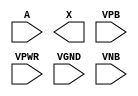
/**
 * Copyright 2020 The SkyWater PDK Authors
 *
 * Licensed under the Apache License, Version 2.0 (the "License");
 * you may not use this file except in compliance with the License.
 * You may obtain a copy of the License at
 *
 *     https://www.apache.org/licenses/LICENSE-2.0
 *
 * Unless required by applicable law or agreed to in writing, software
 * distributed under the License is distributed on an "AS IS" BASIS,
 * WITHOUT WARRANTIES OR CONDITIONS OF ANY KIND, either express or implied.
 * See the License for the specific language governing permissions and
 * limitations under the License.
 *
 * SPDX-License-Identifier: Apache-2.0
 */

`ifndef SKY130_FD_SC_LP__DLYMETAL6S6S_PP_SYMBOL_V
`define SKY130_FD_SC_LP__DLYMETAL6S6S_PP_SYMBOL_V

/**
 * dlymetal6s6s: 6-inverter delay with output from 6th inverter on
 *               horizontal route.
 *
 * Verilog stub (with power pins) for graphical symbol definition
 * generation.
 *
 * WARNING: This file is autogenerated, do not modify directly!
 */

`timescale 1ns / 1ps
`default_nettype none

(* blackbox *)
module sky130_fd_sc_lp__dlymetal6s6s (
    //# {{data|Data Signals}}
    input  A   ,
    output X   ,

    //# {{power|Power}}
    input  VPB ,
    input  VPWR,
    input  VGND,
    input  VNB
);
endmodule

`default_nettype wire
`endif  // SKY130_FD_SC_LP__DLYMETAL6S6S_PP_SYMBOL_V